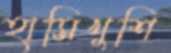
হাসিখুশি